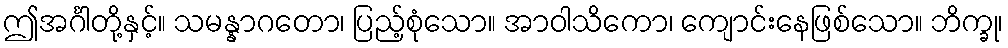
ဤအင်္ဂါတို့နှင့်။ သမန္နာဂတော၊ ပြည့်စုံသော။ အာဝါသိကော၊ ကျောင်းနေဖြစ်သော။ ဘိက္ခု၊